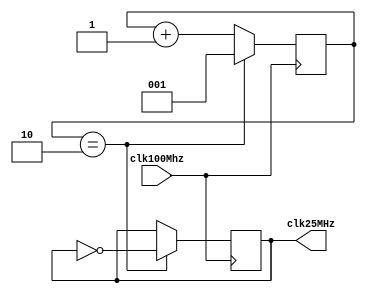
module ClockDivider(clk100Mhz, clk25MHz);
input clk100Mhz;
output reg clk25MHz;

  reg[2:0] counter25MHz;

  initial begin
    counter25MHz = 0;
    clk25MHz = 0;
  end

  always @ (posedge clk100Mhz)
  begin
    if(counter25MHz == 2) begin //50000000
      counter25MHz <= 1;
      clk25MHz <= ~clk25MHz;
    end
    else begin
      counter25MHz <= counter25MHz + 1;
    end
  end

endmodule